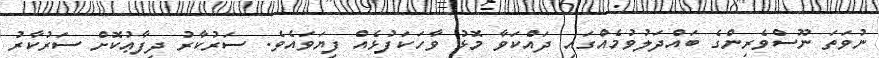
ނުވަތަ ނޫސްވެރިންގެ ބައްދަލުވުމެއްގައި ދައްކަވާ މޮޅު ވާހަކަފުޅެއް ފިޔަވައެވެ. ސަރުކާރު ދިފާޢުކޮށް ސަރުކާރު